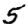
Digit: 5